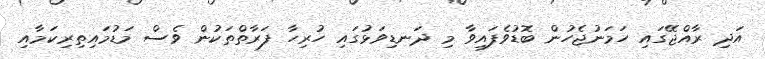
އަދި ރާއްޖޭގައި ހަމަނުޖެހުން ބޮޑުވެފައިވާ މި ދަނޑިވަޅުގައި ހުރިހާ ފަރާތްތަކުން ވެސް މަޑުމައިތިރިކަމާއި